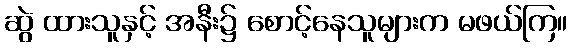
ဆွဲ ထားသူနှင့် အနီး၌ စောင့်နေသူများက မဖယ်ကြ။